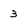
Character: 3